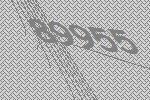
89955